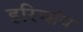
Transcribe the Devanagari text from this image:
हरिचांय